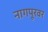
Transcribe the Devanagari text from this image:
नागपूरवर